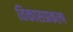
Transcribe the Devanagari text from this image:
विकासप्रकल्प